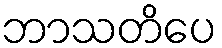
ဘာသတိပေ